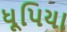
ધૂપિયા